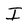
Character: I